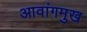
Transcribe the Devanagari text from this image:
आवांगमुख